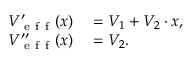
\begin{array} { r l } { V _ { \mathrm { ~ e ~ f ~ f ~ } } ^ { \prime } ( x ) } & { { } = V _ { 1 } + V _ { 2 } \cdot x , } \\ { V _ { \mathrm { ~ e ~ f ~ f ~ } } ^ { \prime \prime } ( x ) } & { { } = V _ { 2 } . } \end{array}